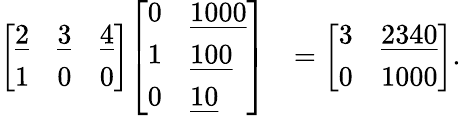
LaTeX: {\begin{array}{rl}{{\left[\begin{array}{lll}{{\underline{{2}}}}&{{\underline{{3}}}}&{{\underline{{4}}}}\\ {1}&{0}&{0}\end{array}\right]}{\left[\begin{array}{ll}{0}&{{\underline{{1000}}}}\\ {1}&{{\underline{{100}}}}\\ {0}&{{\underline{{10}}}}\end{array}\right]}}&{={\left[\begin{array}{ll}{3}&{{\underline{{2340}}}}\\ {0}&{1000}\end{array}\right]}.}\end{array}}